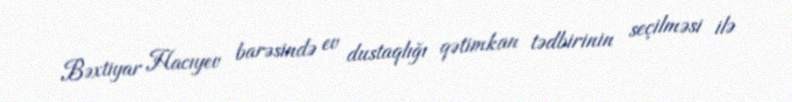
Bəxtiyar Hacıyev barəsində ev dustaqlığı qətimkan tədbirinin seçilməsi ilə